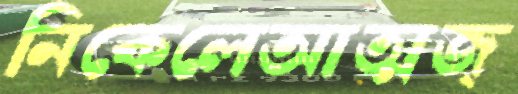
নিকেলেআত্মজ্